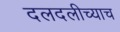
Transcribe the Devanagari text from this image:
दलदलीच्याच